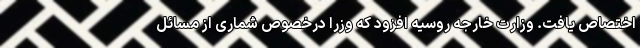
اختصاص یافت. وزارت خارجه روسیه افزود که وزرا درخصوص شماری از مسائل